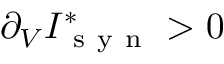
\partial _ { V } I _ { \mathrm { ~ s ~ y ~ n ~ } } ^ { * } > 0